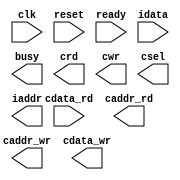
module CONV (
    input clk,
    input reset,
    input ready,
    input [19:0] idata,
    input [19:0] cdata_rd,

    output busy,
    output crd,
    output cwr,
    output [2:0] csel,
    output [11:0] iaddr,
    output [11:0] caddr_rd,
    output [11:0] caddr_wr,
    output [19:0] cdata_wr
);

  /* Write your code here */

endmodule